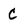
Character: C